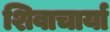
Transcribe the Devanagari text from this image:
शिवाचार्या